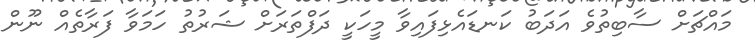
މައްޗަށް ސާބިތުވެ އަދަބު ކަނޑައެޅިފައިވާ މީހަކީ ދަފްތަރަށް ޝަރުތު ހަމަވާ ފަރާތެއް ނޫން